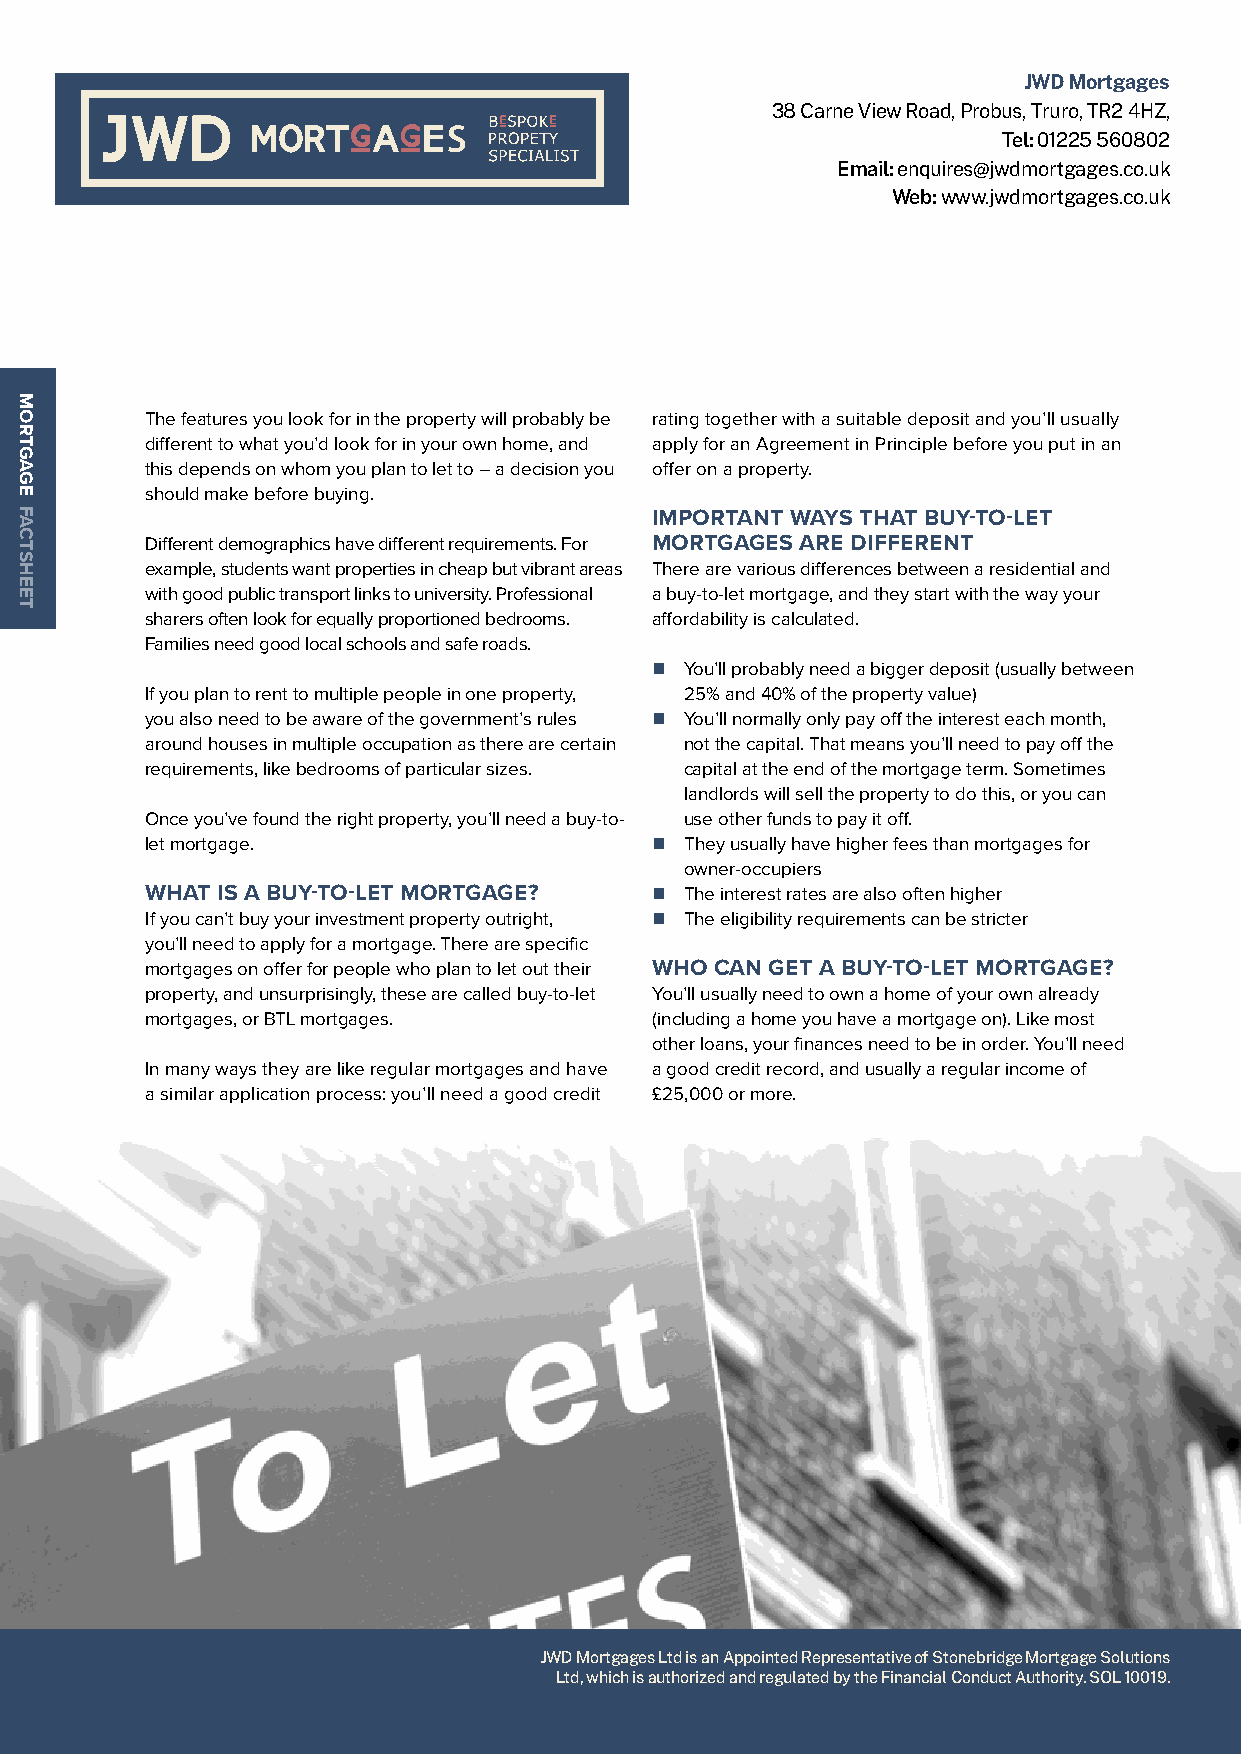
JWD Mortgages
 38 Carne View Road, Probus, Truro, TR2 4HZ,
 Tel: 01225 560802
 Email: enquires@jwdmortgages.co.uk
 Web: www.jwdmortgages.co.uk
 The features you look for in the property will probably be rating together with a suitable deposit and you’ll usually
 different to what you’d look for in your own home, and apply for an Agreement in Principle before you put in an
 this depends on whom you plan to let to – a decision you offer on a property.
 should make before buying.
 IMPORTANT WAYS THAT BUY-TO-LET
 Different demographics have different requirements. For MORTGAGES ARE DIFFERENT
 example, students want properties in cheap but vibrant areas There are various differences between a residential and
 with good public transport links to university. Professional a buy-to-let mortgage, and they start with the way your
 sharers often look for equally proportioned bedrooms. affordability is calculated.
 Families need good local schools and safe roads.
 n Y ou’ll probably need a bigger deposit (usually between
 If you plan to rent to multiple people in one property, 25% and 40% of the property value)
 you also need to be aware of the government’s rules n Y ou’ll normally only pay off the interest each month,
 around houses in multiple occupation as there are certain not the capital. That means you’ll need to pay off the
 requirements, like bedrooms of particular sizes. capital at the end of the mortgage term. Sometimes
 landlords will sell the property to do this, or you can
 Once you’ve found the right property, you’ll need a buy-to- use other funds to pay it off.
 let mortgage.                    n T hey usually have higher fees than mortgages for
 owner-occupiers
 WHAT IS A BUY-TO-LET MORTGAGE?   n T he interest rates are also often higher
 If you can’t buy your investment property outright, n T he eligibility requirements can be stricter
 you’ll need to apply for a mortgage. There are specific
 mortgages on offer for people who plan to let out their WHO CAN GET A BUY-TO-LET MORTGAGE?
 property, and unsurprisingly, these are called buy-to-let You’ll usually need to own a home of your own already
 mortgages, or BTL mortgages.     (including a home you have a mortgage on). Like most
 other loans, your finances need to be in order. You’ll need
 In many ways they are like regular mortgages and have a good credit record, and usually a regular income of
 a similar application process: you’ll need a good credit £25,000 or more.
 JWD Mortgages Ltd is an Appointed Representative of Stonebridge Mortgage Solutions
 Ltd, which is authorized and regulated by the Financial Conduct Authority. SOL 10019.
 MORTGAGE
 FACTSHEET